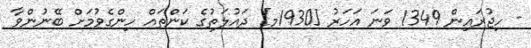
- ހިޖުރައިން 1349 ވަނަ އަހަރު [1930މ] ދައުލަތުގެ ކަންތައް ހިންގެވުމަށް ބޭނުންވާ